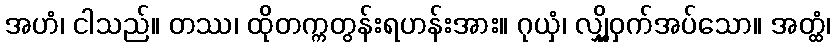
အဟံ၊ ငါသည်။ တဿ၊ ထိုတက္ကတွန်းရဟန်းအား။ ဂုယှံ၊ လျှို့ဝှက်အပ်သော။ အတ္ထံ၊